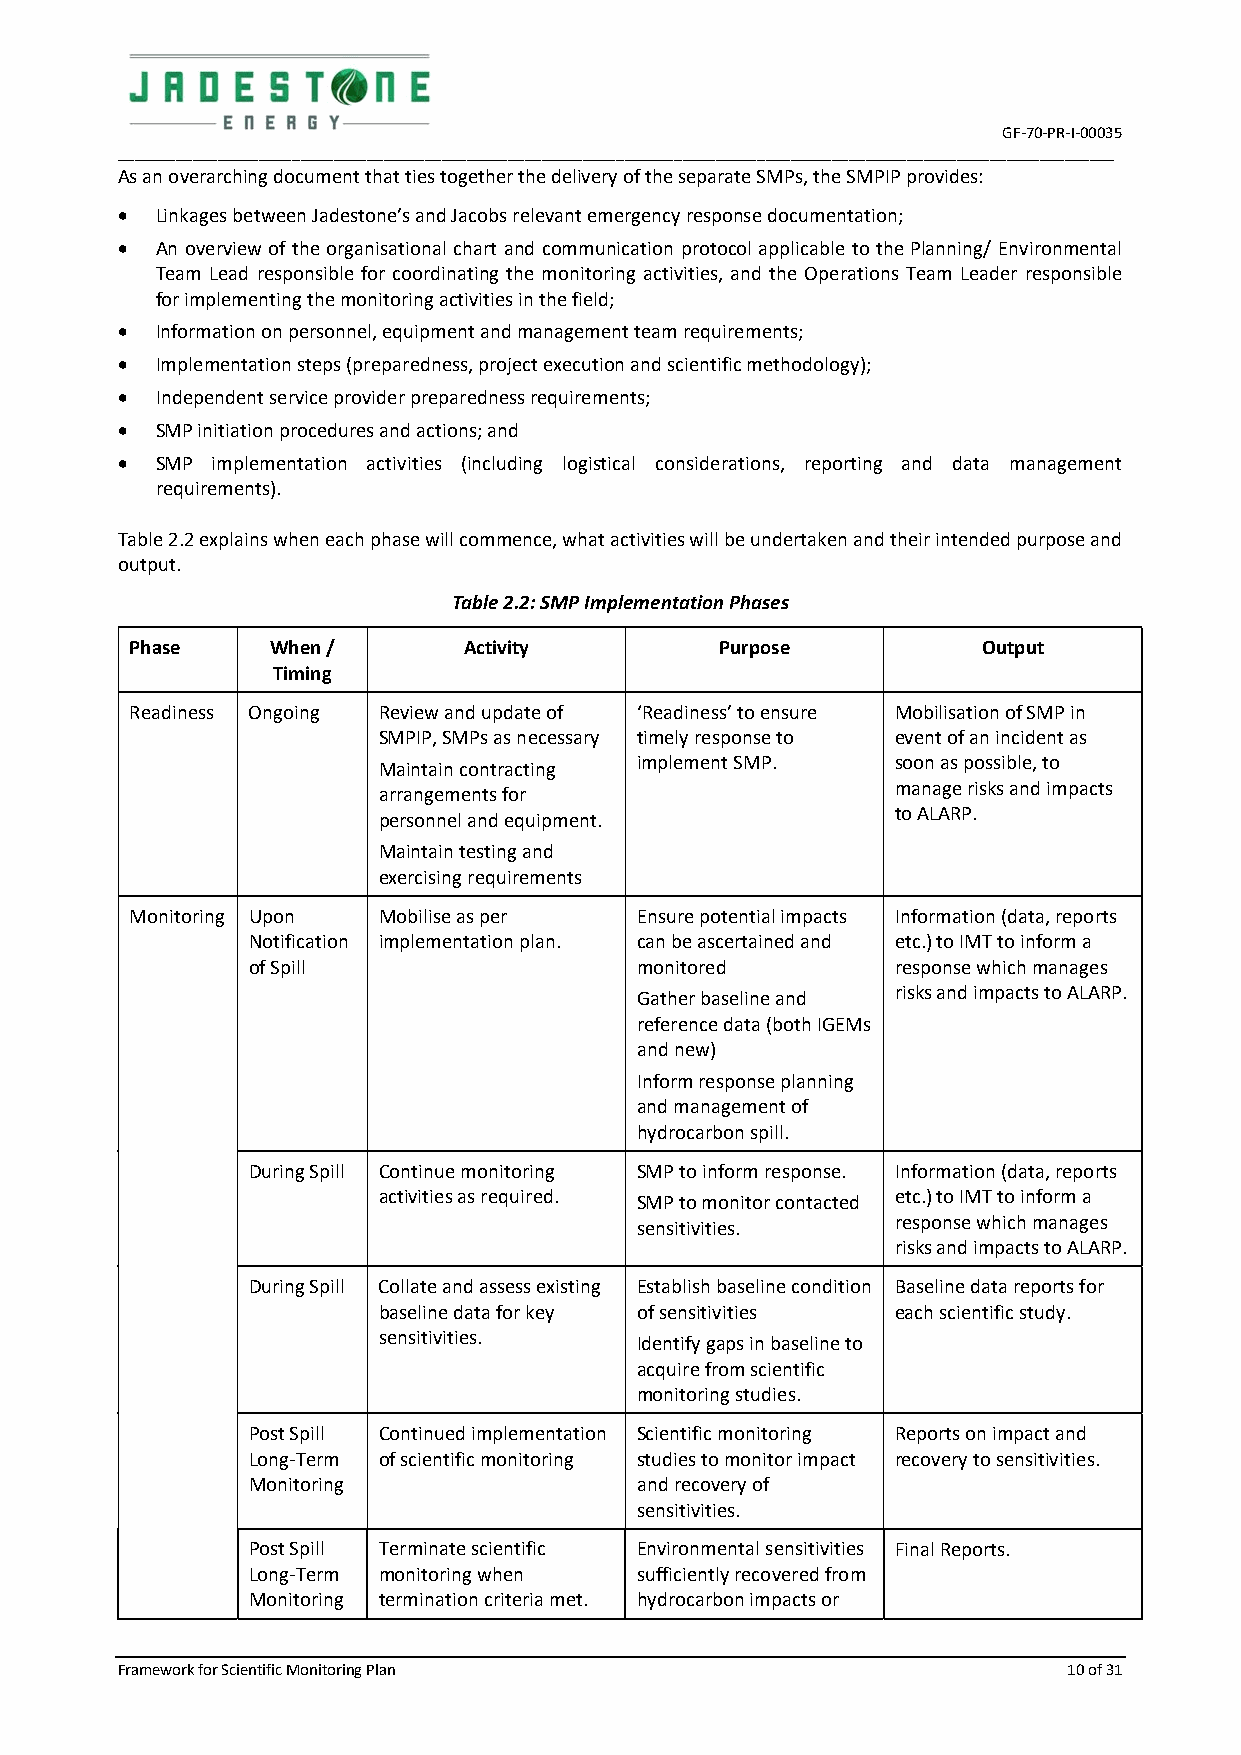
GF-70-PR-I-00035
 ________________________________________________________________________________________________________________________
 As an overarching document that ties together the delivery of the separate SMPs, the SMPIP provides:
  Linkages between Jadestone’s and Jacobs relevant emergency response documentation;
  An overview of the organisational chart and communication protocol applicable to the Planning/ Environmental
 Team Lead responsible for coordinating the monitoring activities, and the Operations Team Leader responsible
 for implementing the monitoring activities in the field;
  Information on personnel, equipment and management team requirements;
  Implementation steps (preparedness, project execution and scientific methodology);
  Independent service provider preparedness requirements;
  SMP initiation procedures and actions; and
  SMP implementation activities (including logistical considerations, reporting and data management
 requirements).
 Table 2.2 explains when each phase will commence, what activities will be undertaken and their intended purpose and
 output.
 Table 2.2: SMP Implementation Phases
 Phase    When /       Activity         Purpose          Output
 Timing
 Readiness Ongoing Review and update of ‘Readiness’ to ensure Mobilisation of SMP in
 SMPIP, SMPs as necessary timely response to event of an incident as
 Maintain contracting implement SMP. soon as possible, to
 arrangements for                  manage risks and impacts
 personnel and equipment.          to ALARP.
 Maintain testing and
 exercising requirements
 Monitoring Upon Mobilise as per  Ensure potential impacts Information (data, reports
 Notification implementation plan. can be ascertained and etc.) to IMT to inform a
 of Spill                  monitored        response which manages
 Gather baseline and risks and impacts to ALARP.
 reference data (both IGEMs
 and new)
 Inform response planning
 and management of
 hydrocarbon spill.
 During Spill Continue monitoring SMP to inform response. Information (data, reports
 activities as required. SMP to monitor contacted etc.) to IMT to inform a
 sensitivities.   response which manages
 risks and impacts to ALARP.
 During Spill Collate and assess existing Establish baseline condition Baseline data reports for
 baseline data for key of sensitivities each scientific study.
 sensitivities.   Identify gaps in baseline to
 acquire from scientific
 monitoring studies.
 Post Spill Continued implementation Scientific monitoring Reports on impact and
 Long-Term of scientific monitoring studies to monitor impact recovery to sensitivities.
 Monitoring                and recovery of
 sensitivities.
 Post Spill Terminate scientific Environmental sensitivities Final Reports.
 Long-Term monitoring when sufficiently recovered from
 Monitoring termination criteria met. hydrocarbon impacts or
 Framework for Scientific Monitoring Plan                       10 of 31